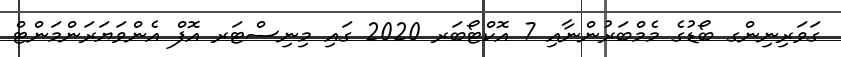
ގަވަރިނިންގ ބޯޑުގެ މެމްބަރުންނާއި 7 އޮކްޓޯބަރ 2020 ގައި މިނިސްޓަރ އޮފް އެންވަޔަރަންމަންޓް